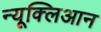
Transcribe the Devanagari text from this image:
न्यूक्लिआन